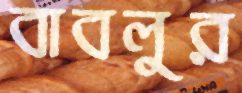
বাবলুর